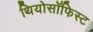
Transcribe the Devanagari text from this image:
थियोसॉफिस्ट